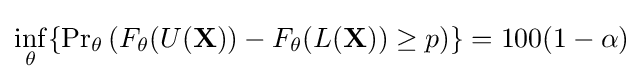
\inf _{\theta }\{{\Pr }_{\theta }\left(F_{\theta }(U(\mathbf {X} ))-F_{\theta }(L(\mathbf {X} )\right)\geq p)\}=100(1-\alpha )